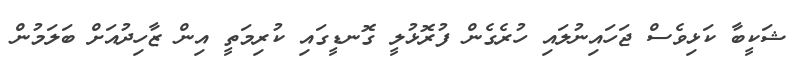
ޝަކީބާ ކަޅިވެސް ޖަހައިނުލައި ހުރެގެން ފުރޮޅުލީ ގޮނޑީގައި ކުރިމަތީ އިން ޒާހިދުއަށް ބަލަމުން